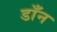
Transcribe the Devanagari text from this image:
डाँन